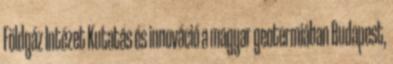
Földgáz Intézet Kutatás és innováció a magyar geotermiában Budapest,